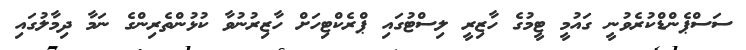
ސަސްޕެންޑްކުރެވުނީ ގައުމީ ޓީމުގެ ހާޒިރީ ލިސްޓުގައި ޕްރެކްޓިހަށް ހާޒިރުނުވާ ކުޅުންތެރިންގެ ނަމާ ދިމާލުގައި